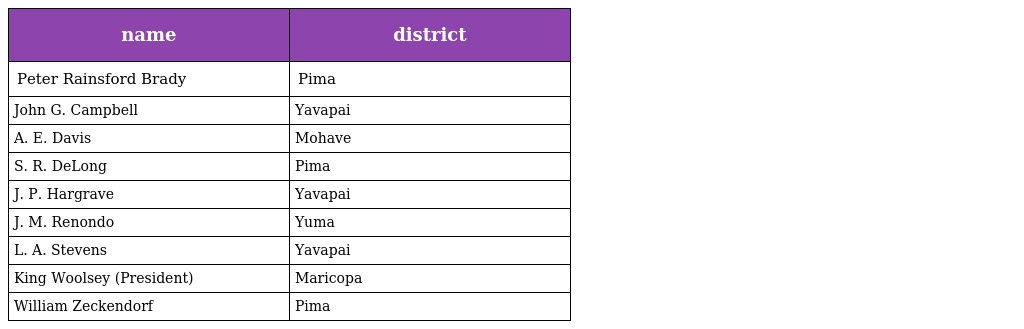
| name | district |
 | --- | --- |
 | Peter Rainsford Brady | Pima |
 | John G. Campbell | Yavapai |
 | A. E. Davis | Mohave |
 | S. R. DeLong | Pima |
 | J. P. Hargrave | Yavapai |
 | J. M. Renondo | Yuma |
 | L. A. Stevens | Yavapai |
 | King Woolsey (President) | Maricopa |
 | William Zeckendorf | Pima |